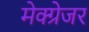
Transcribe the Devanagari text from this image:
मेक्ग्रेजर